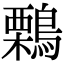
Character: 鷅